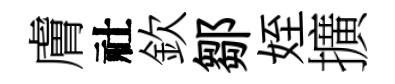
膚社欽鄒姪擴